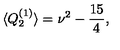
\langle Q _ { 2 } ^ { ( 1 ) } \rangle = \nu ^ { 2 } - \frac { 1 5 } { 4 } ,